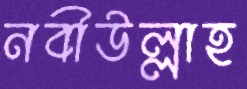
নবীউল্লাহ